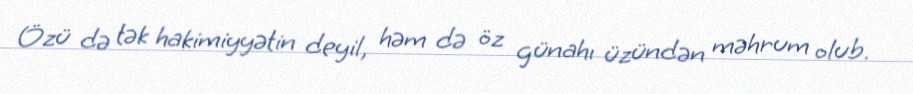
Özü də tək hakimiyyətin deyil, həm də öz günahı üzündən məhrum olub.